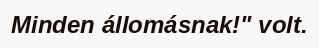
Minden állomásnak!" volt.